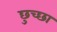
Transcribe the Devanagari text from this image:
छुच्छा